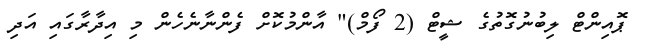
ޕޮއިންޓް ލިބުނުގޮތުގެ ޝީޓް (2 ފޯމް)" އާންމުކޮށް ފެންނާނެހެން މި އިދާރާގައި އަދި